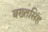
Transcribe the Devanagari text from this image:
बख्तसिंह